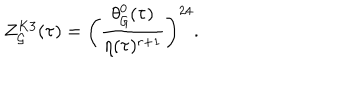
Z _ { \cal G } ^ { K 3 } ( \tau ) = \biggl ( \frac { \theta _ { \cal G } ^ { 0 } ( \tau ) } { \eta ( \tau ) ^ { r + 1 } } \biggr ) ^ { 2 4 } .